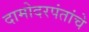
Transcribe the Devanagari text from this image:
दामोदरपंतांचे